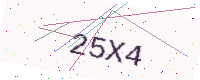
Text: 25X4